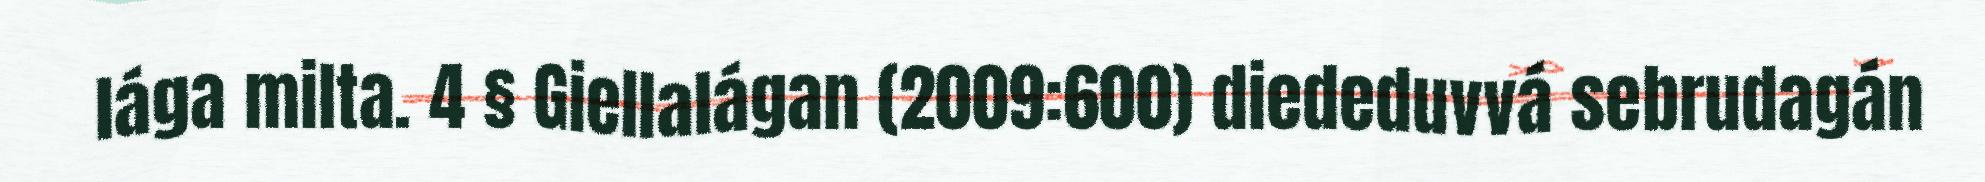
lága milta. 4 § Giellalágan (2009:600) diededuvvá sebrudagán